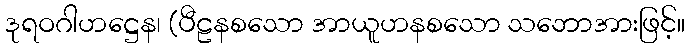
ဒုရဝဂါဟဋ္ဌေန၊ (ပီဠနစသော အာယူဟနစသော သဘောအားဖြင့်။